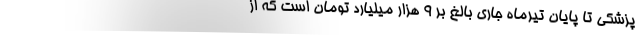
پزشکی تا پایان تیرماه جاری بالغ بر ۹ هزار میلیارد تومان است که از